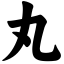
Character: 丸